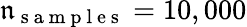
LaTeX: \mathfrak{n}_{\mathrm{{~s~a~m~p~l~e~s~}}}=10,000